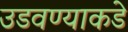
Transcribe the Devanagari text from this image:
उडवण्याकडे